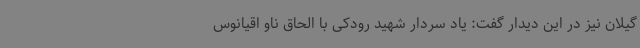
گیلان نیز در این دیدار گفت: یاد سردار شهید رودکی با الحاق ناو اقیانوس